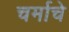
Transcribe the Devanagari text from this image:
चर्माचे